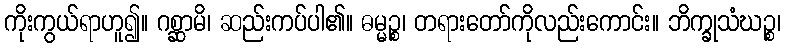
ကိုးကွယ်ရာဟူ၍။ ဂစ္ဆာမိ၊ ဆည်းကပ်ပါ၏။ ဓမ္မဉ္စ၊ တရားတော်ကိုလည်းကောင်း။ ဘိက္ခုသံဃဉ္စ၊